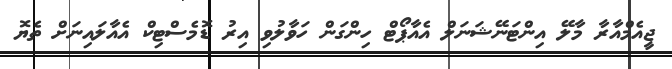
ޖީއެމްއާރާ މާލޭ އިންޓަނޭޝަނަލް އެއާޕޯޓް ހިންގަން ހަވާލުވި އިރު ޑޮމެސްޓިކް އެއާލައިނަށް ތެޔޮ